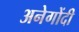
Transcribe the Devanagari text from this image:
अनेगोंदी